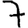
Digit: 7